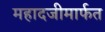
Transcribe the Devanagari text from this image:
महादजीमार्फत